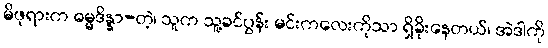
မိဖုရားက ဓမ္မဒိန္နာ-တဲ့၊ သူက သူ့ခင်ပွန်း မင်းကလေးကိုသာ ရှိခိုးနေတယ်၊ အဲဒါကို